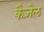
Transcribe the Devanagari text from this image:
कैज़ेल